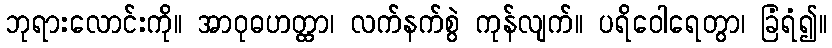
ဘုရားလောင်းကို။ အာဝုဓဟတ္ထာ၊ လက်နက်စွဲ ကုန်လျက်။ ပရိဝေါရေတွာ၊ ခြံရံ၍။